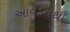
આવડતથી